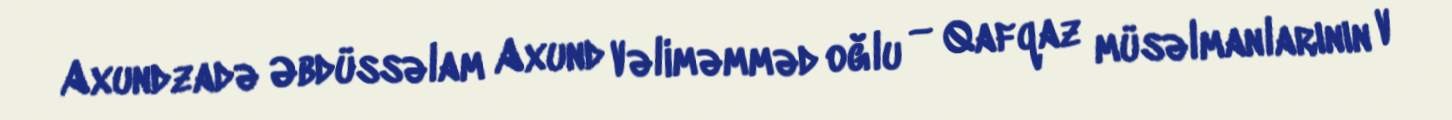
Axundzadə Əbdüssəlam Axund Vəliməmməd oğlu — Qafqaz müsəlmanlarının V